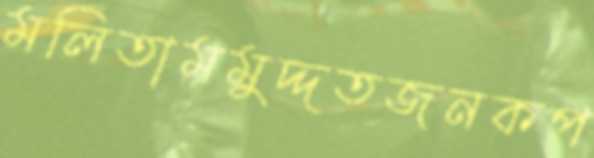
মলিতামমুদ্দতজনকপ